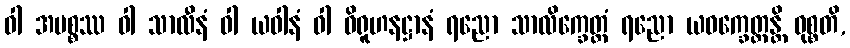
ဝါ အမစ္စဿ ဝါ သာလီနံ ဝါ ယဝါနံ ဝါ ဝိရူဟနဋ္ဌာနံ ရညော သာလိက္ခေတ္တံ ရညော ယဝက္ခေတ္တန္တိ ဝုစ္စတိ,